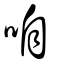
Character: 咱